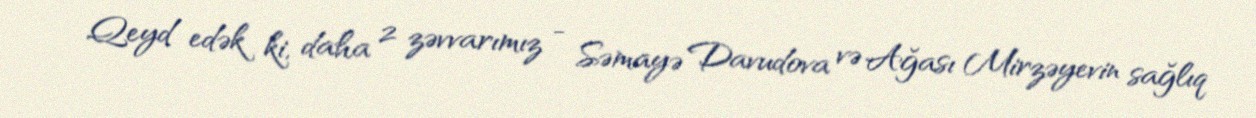
Qeyd edək ki, daha 2 zəvvarımız - Səmayə Davudova və Ağası Mirzəyevin sağlıq